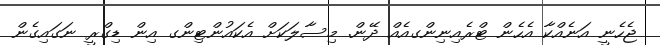
ޖެހެނީ އަނެއްކާ އެހެން ޓްރެއިނިންގއެއް ދޭން. މިސާލަކަށް އެކައުންޓިންގ އިން ޑިގްރީ ނަގައިގެން